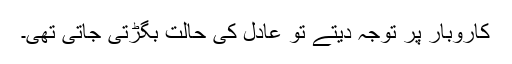
کاروبار پر توجہ دیتے تو عادل کی حالت بگڑتی جاتی تھی۔